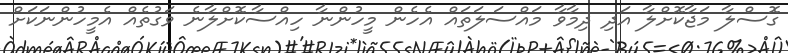
ގޮސްލާ މަޖާކޮށްލާ އަދި ދިމާވާ މައްސަލަތައް އެހެން މީހުންނާ ހިއްސާކޮށްލާނެ ވަގުތެއް އެމީހުންނަކަށް